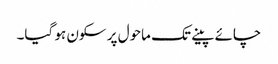
چائے پینے تک ماحول پر سکون ہو گیا۔